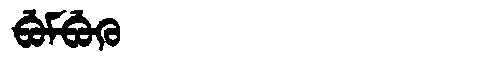
Manchu: ᠪᡠᠮᠪᡠᡴᡠ
Romanization: BUMBUKU